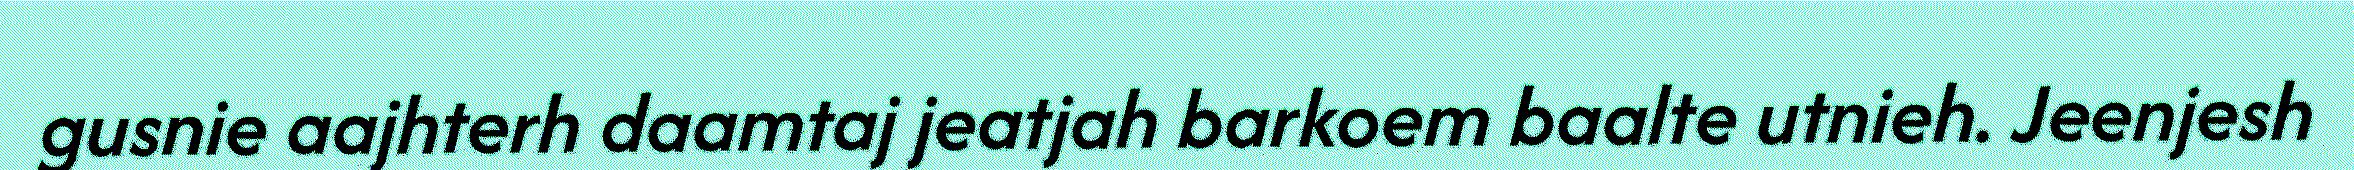
gusnie aajhterh daamtaj jeatjah barkoem baalte utnieh. Jeenjesh